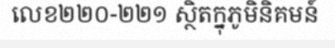
លេខ២២០-២២១ ស្ថិតក្នុភូមិនិគមន៍